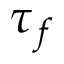
\boldsymbol { \tau } _ { f }